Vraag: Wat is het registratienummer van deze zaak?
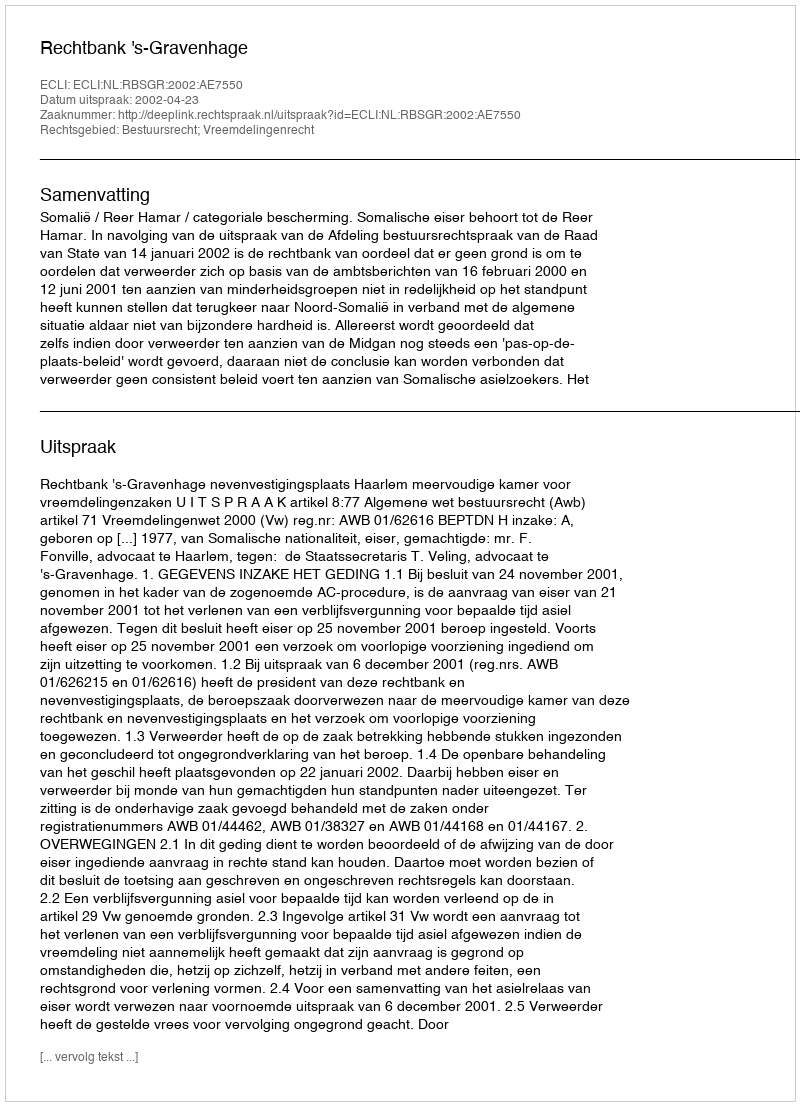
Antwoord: http://deeplink.rechtspraak.nl/uitspraak?id=ECLI:NL:RBSGR:2002:AE7550